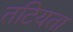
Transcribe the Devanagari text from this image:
तटियता